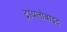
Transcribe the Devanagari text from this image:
ट्रायलोबाइट